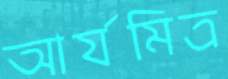
আর্যমিত্র